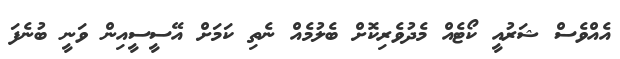
އެއްވެސް ޝަރުއީ ކޯޓެއް މެދުވެރިކޮށް ބެލުމެއް ނެތި ކަމަށް އޭސީސީއިން ވަނީ ބުނެފަ